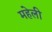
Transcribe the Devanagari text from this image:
महेली